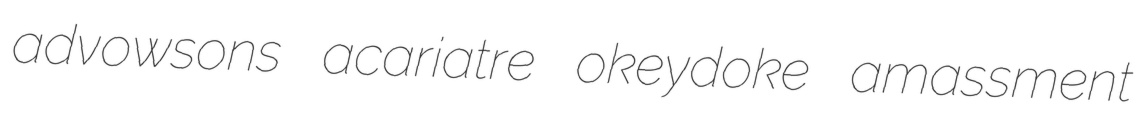
advowsons acariatre okeydoke amassment